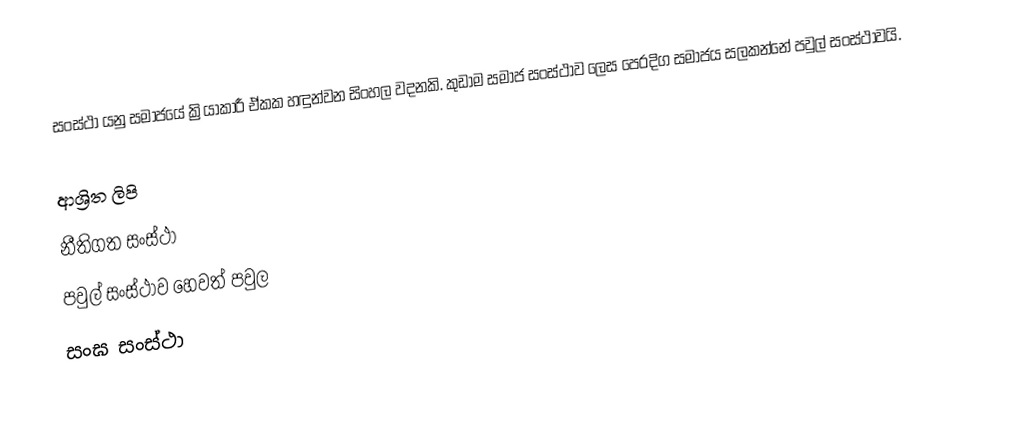
සංස්ථා යනු සමාජයේ ක්‍රියාකාරී ඒකක හඳුන්වන සිංහල වදනකි. කුඩාම සමාජ සංස්ථාව ලෙස පෙරදිග සමාජය සලකන්නේ පවුල් සංස්ථාවයි.

ආශ්‍රිත ලිපි
 නීතිගත සංස්ථා
 පවුල් සංස්ථාව හෙවත් පවුල
 සංඝ සංස්ථා